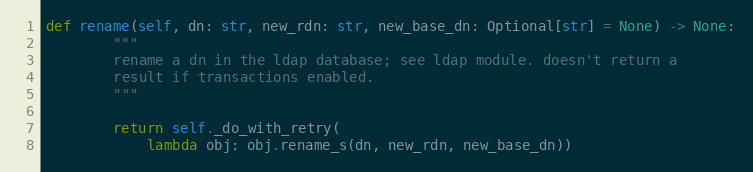
Language: Python
def rename(self, dn: str, new_rdn: str, new_base_dn: Optional[str] = None) -> None:
        """
        rename a dn in the ldap database; see ldap module. doesn't return a
        result if transactions enabled.
        """

        return self._do_with_retry(
            lambda obj: obj.rename_s(dn, new_rdn, new_base_dn))